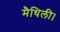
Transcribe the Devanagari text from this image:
मैथिली।